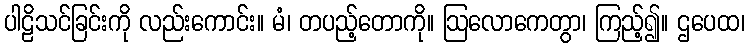
ပါဠိသင်ခြင်းကို လည်းကောင်း။ မံ၊ တပည့်တောကို။ ဩလောကေတွာ၊ ကြည့်၍။ ဌပေထ၊